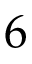
6